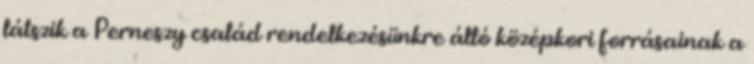
látszik a Perneszy család rendelkezésünkre álló középkori forrásainak a